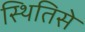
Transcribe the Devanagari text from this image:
स्थितिसे